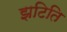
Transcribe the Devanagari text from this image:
झटिति